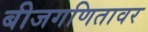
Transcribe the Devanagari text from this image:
बीजगणितावर